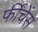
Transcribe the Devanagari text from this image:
फींचेंस